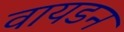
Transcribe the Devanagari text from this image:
वायडन